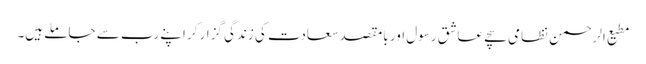
مطیع الرحمن نظامی سچے عاشقِ رسول اور بامقصد سعادت کی زندگی گزار کر اپنے رب سے جاملے ہیں۔